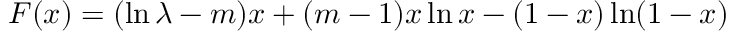
\begin{array} { r } { F ( x ) = { ( \ln \lambda - m ) x + ( m - 1 ) x \ln x - ( 1 - x ) \ln ( 1 - x ) } } \end{array}